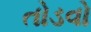
તોડવો